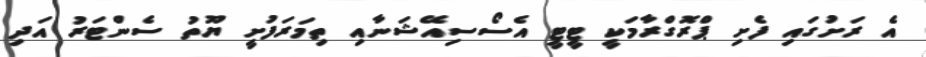
އެ ރަށުގައި ފެށި ޕްރޮގްރާމަކީ ޓީޓީ އެސޯސިއޭޝަނާއި ތިމަރަފުށީ ޔޫތު ސެންޓަރު އަދި